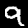
Label: 9